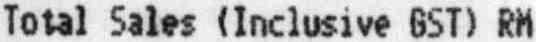
TOTAL SALES (INCLUSIVE GST) RM